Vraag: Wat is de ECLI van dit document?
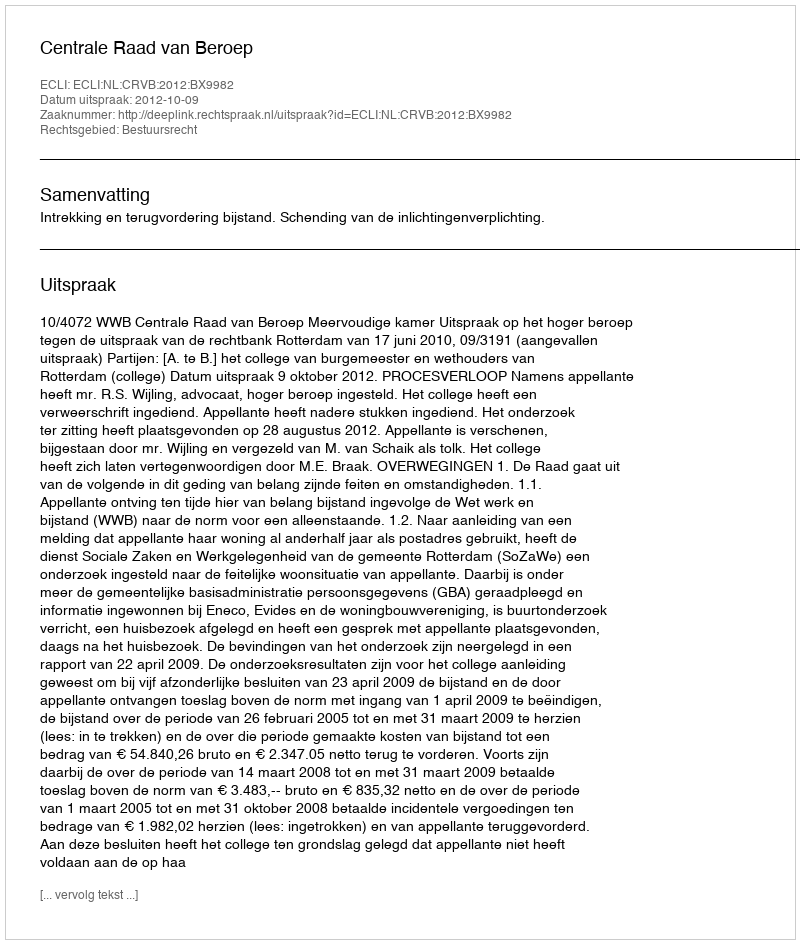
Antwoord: ECLI:NL:CRVB:2012:BX9982